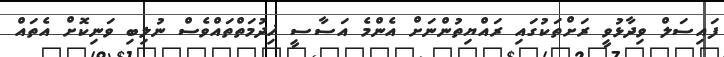
ފައިސަލް ވިދާޅުވީ ރަށްތަކުގައި ރައްޔިތުންނަށް އެންމެ އަސާސީ ޚިދުމަތްތައްވެސް ނުލިބި ވަނިކޮށް އެތައް